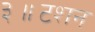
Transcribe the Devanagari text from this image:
३॥टशन